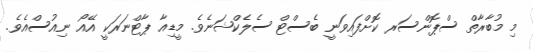
މި މުބާރާތް ސްޕޮންސަރ ކޮށްފައިވަނީ ބެސްޓް ސެލެކްޝަނެވެ. މީޑިއާ ޕާޓްނަރަކީ އޭއޯ ނިއުސްއެވެ.